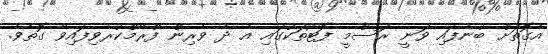
އެގޮތަށް ބުނެފައި ވަނީ ރަސްމީ ފޮޓޯތަކުގައި އެ ދެ ވެރިން ފްރޭމްކުރެވިފައިވާ ގޮތެވެ.